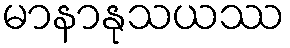
မာနာနုသယဿ